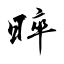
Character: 晬